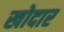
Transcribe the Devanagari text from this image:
खोदार